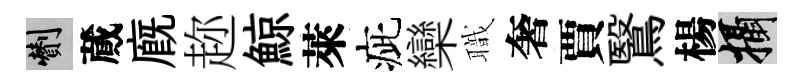
剪蕆廐趂鯨萊疵欒職奢賈鷖楊攝